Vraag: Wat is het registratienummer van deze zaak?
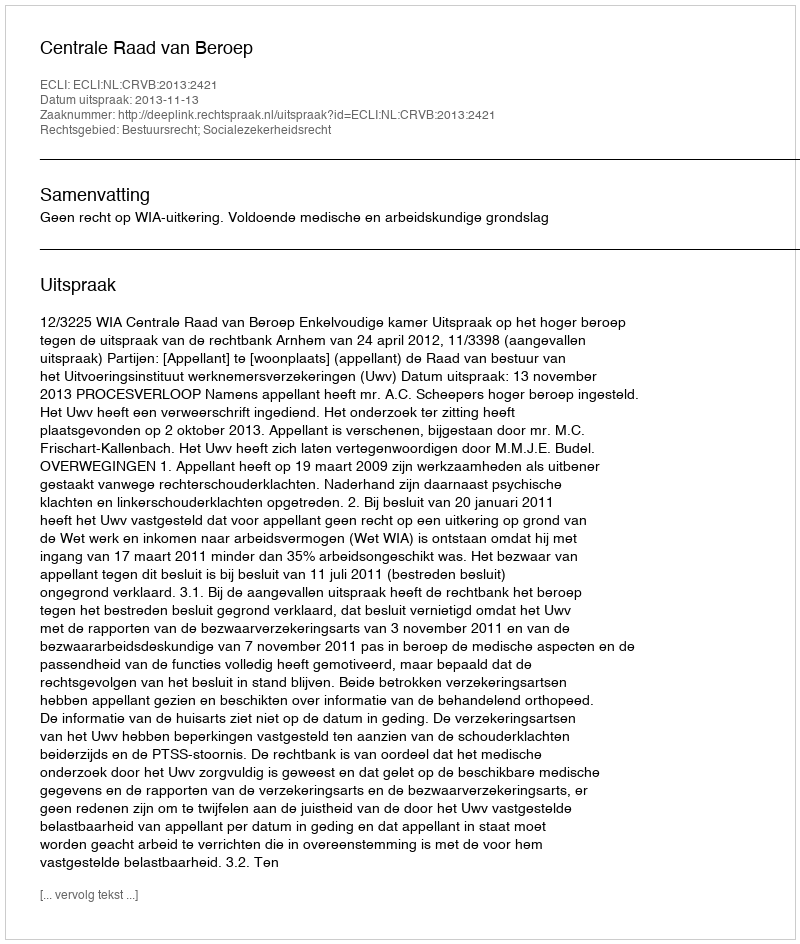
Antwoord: http://deeplink.rechtspraak.nl/uitspraak?id=ECLI:NL:CRVB:2013:2421